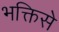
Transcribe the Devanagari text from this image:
भक्तिसे